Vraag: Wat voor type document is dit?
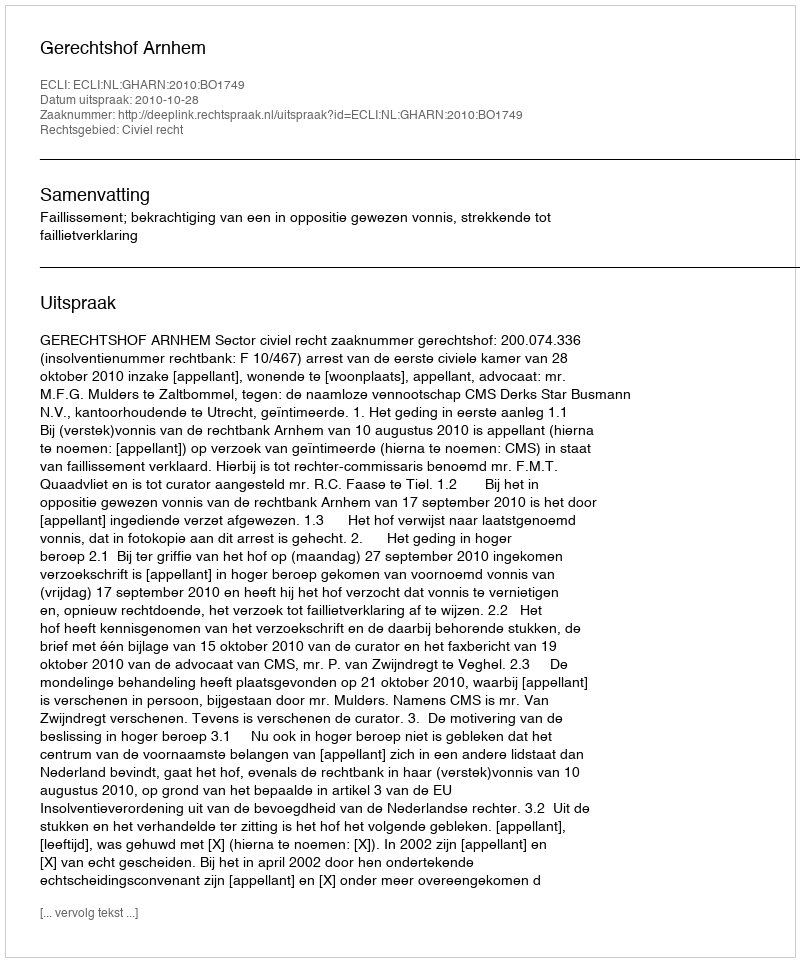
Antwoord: Uitspraak